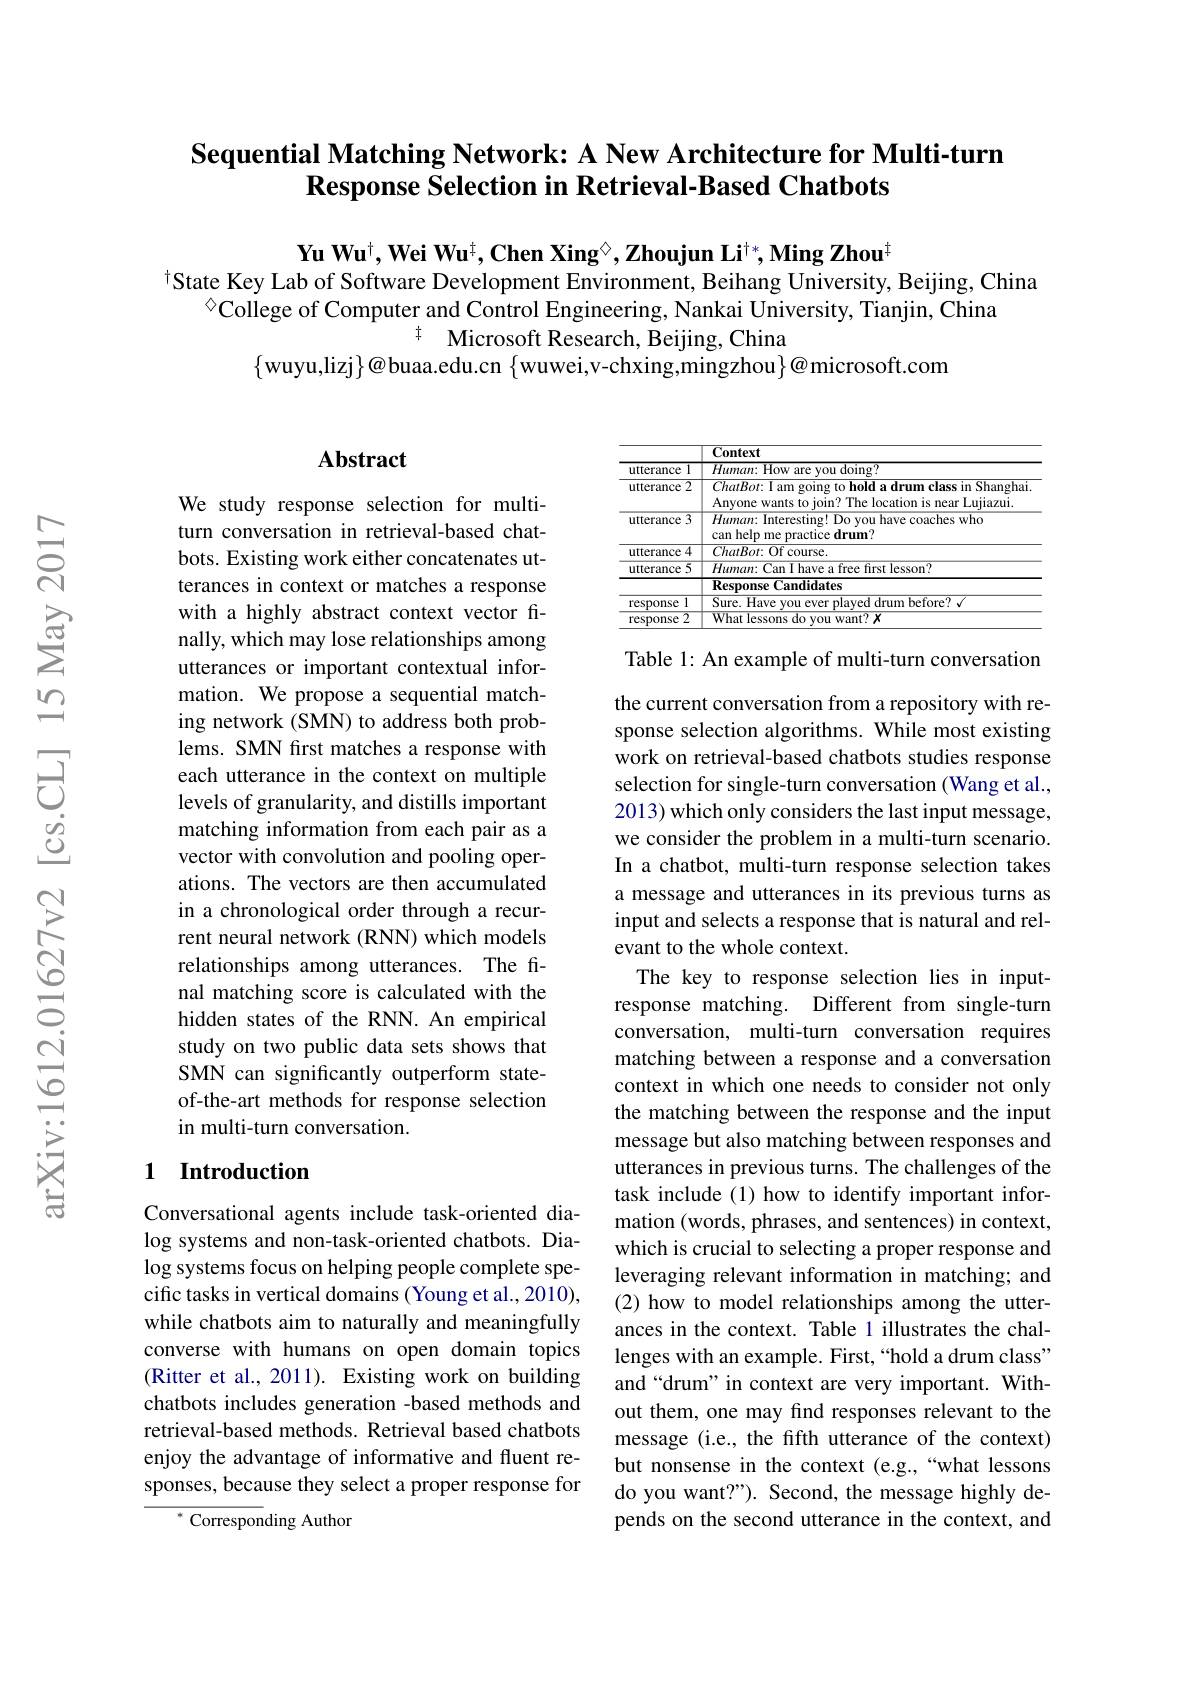
## Sequential Matching Network: A New Architecture for Multi-turn $\textbf{Response Selection in Retrieval- Based Chatbots}$

$\textbf{Yu Wu}^{\dagger},\textbf{Wei Wu}^{\dagger},\textbf{Chen Xing}^{\vee},\textbf{Zhoujun Li}^{\dagger*},\textbf{Ming Zhou}^{\dagger}$
$^{\mathrm{t}}$State Key Lab of Software Development Environment, Beihang University, Beijing, China
$^{\textcircled{\mathrm{c}}}$College of Computer and Control Engineering, Nankai University, Tianjin, China
$^{\ddagger }$ Microsoft Research, Beijing, China
$\{$wuyu,lizj$\}@$buaa.edu.cn $\{$wuwei,v-chxing,mingzhou$\}@$microsoft.com

## Abstract

We study response selection for multiturn conversation in retrieval-based chatbots. Existing work either concatenates utterances in context or matches a response with a highly abstract context vector finally, which may lose relationships among utterances or important contextual information. We propose a sequential matching network (SMN) to address both problems. SMN first matches a response with each utterance in the context on multiple levels of granularity, and distills important matching information from each pair as a vector with convolution and pooling operations. The vectors are then accumulated in a chronological order through a recurrent neural network (RNN) which models relationships among utterances. The final matching score is calculated with the hidden states of the RNN. An empirical study on two public data sets shows that SMN can significantly outperform stateof-the-art methods for response selection in multi-turn conversation.

## 1 Introduction

Conversational agents include task-oriented dialog systems and non-task-oriented chatbots. Dialog systems focus on helping people complete specific tasks in vertical domains (Young et al., 2010), while chatbots aim to naturally and meaningfully converse with humans on open domain topics (Ritter et al., 2011). Existing work on building chatbots includes generation -based methods and retrieval-based methods. Retrieval based chatbots enjoy the advantage of informative and fluent responses, because they select a proper response for

${^*\text{Correspon}}$ding Author

<table>
	<tbody>
		<tr>
			<th> </th>
			<th>Context</th>
		</tr>
		<tr>
			<td>1 utterance</td>
			<td>Human doing? low are VOU</td>
		</tr>
		<tr>
			<td>2 utterance</td>
			<td>$ChatBot:$ I am going to hold a drum class in Shanghai Anyone wants to join? The location is near Lujiazui</td>
		</tr>
		<tr>
			<td>3 utterance</td>
			<td>$Human:$ Interesting! Do you have coaches who can help me practice drum?</td>
		</tr>
		<tr>
			<td>utterance 4</td>
			<td>$ChatBot\colon Of~course.$</td>
		</tr>
		<tr>
			<td>5 utterance </td>
			<td>$Human:$ Can I have a free first lesson? $\mathbf{ResponseCandidates}$</td>
		</tr>
		<tr>
			<td>response 1</td>
			<td>$Sure.$ Have hefore? $v$ drum</td>
		</tr>
		<tr>
			<td>2 response</td>
			<td>What r lessons 1 $want?$ $x$ do VOII</td>
		</tr>
	</tbody>
</table>

Table 1: An example of multi-turn conversation the current conversation from a repository with response selection algorithms. While most existing work on retrieval-based chatbots studies response selection for single-turn conversation (Wang et al., 2013) which only considers the last input message, we consider the problem in a multi-turn scenario. In a chatbot, multi-turn response selection takes a message and utterances in its previous turns as input and selects a response that is natural and relevant to the whole context.
The key to response selection lies in inputresponse matching. Different from single-turn conversation, multi-turn conversation requires matching between a response and a conversation context in which one needs to consider not only the matching between the response and the input message but also matching between responses and utterances in previous turns. The challenges of the task include (1) how to identify important information (words, phrases, and sentences) in context, which is crucial to selecting a proper response and leveraging relevant information in matching; and (2) how to model relationships among the utterances in the context. Table 1 illustrates the challenges with an example. First,“hold a drum class” and“drum” in context are very important. Without them, one may find responses relevant to the message (i.e., the fifth utterance of the context) but nonsense in the context (e.g.,“what lessons do you want?"). Second, the message highly depends on the second utterance in the context, and